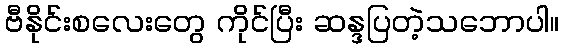
ဗီနိုင်းစလေးတွေ ကိုင်ပြီး ဆန္ဒပြတဲ့သဘောပါ။